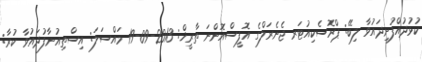
ކުޅުދުއްފުށިދައުވާ ލިބޭ: ޕްރޮސެކިއުޓަރ ޖެނެރަލްގެ އޮފީސްއޮންނަ ތާރީޚް: 2013-09-19 މައްސަލަ: އިސްތިއުނާފުދައުވާ ކުރާ: